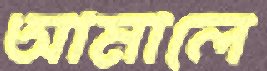
আমালে